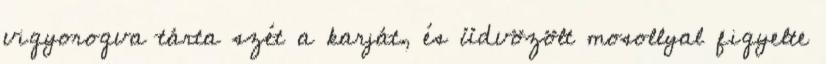
vigyorogva tárta szét a karját, és üdvözölt mosollyal figyelte